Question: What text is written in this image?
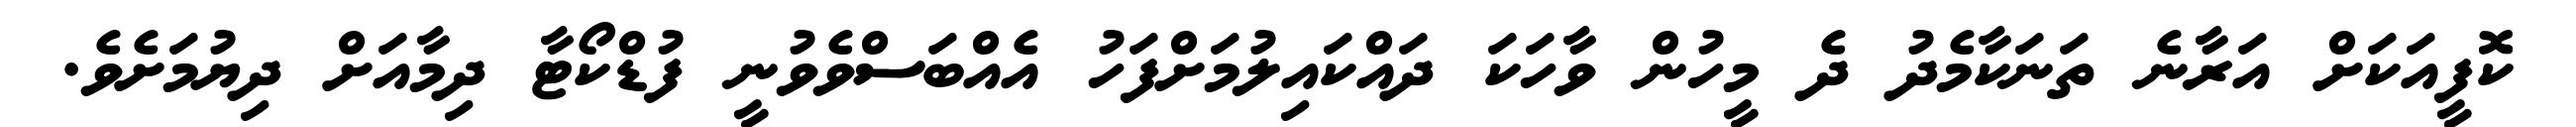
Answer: ކޮފީއަކަށް އަރާނެ ތަނަކާމެދު ދެ މީހުން ވާހަކަ ދައްކައިލުމަށްފަހު އެއްބަސްވެވުނީ ފުޑްކޯޓާ ދިމާއަށް ދިޔުމަށެވެ.